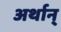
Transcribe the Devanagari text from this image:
अर्थान्